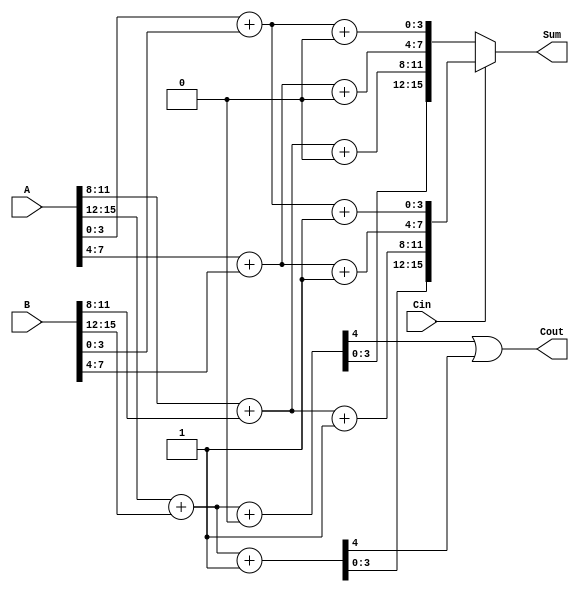
module DynamicCarrySelectAdder (
    input [15:0] A,     // First operand
    input [15:0] B,     // Second operand
    input Cin,          // Carry-in
    output [15:0] Sum,  // Sum output
    output Cout         // Carry-out
);
    wire [3:0] carry;   // Carry signals
    wire [15:0] sum0, sum1; // Partial sums for Cin = 0 and Cin = 1

    // 4-bit adder segments
    genvar i;
    generate
        for (i = 0; i < 4; i = i + 1) begin : adder_segment
            wire [3:0] A_seg = A[4*i +: 4];
            wire [3:0] B_seg = B[4*i +: 4];
            wire carry_in = (i == 0) ? Cin : carry[i-1];

            // Two 4-bit adders for each segment
            wire [4:0] sum_with_cin0 = {1'b0, A_seg} + {1'b0, B_seg} + 1'b0; // sum if Cin = 0
            wire [4:0] sum_with_cin1 = {1'b0, A_seg} + {1'b0, B_seg} + 1'b1; // sum if Cin = 1

            // Extract the sum and carry out
            assign sum0[4*i +: 4] = sum_with_cin0[3:0]; // Sum for Cin = 0
            assign sum1[4*i +: 4] = sum_with_cin1[3:0]; // Sum for Cin = 1
            assign carry[i] = sum_with_cin0[4] | sum_with_cin1[4]; // Carry out calculation
        end
    endgenerate

    // MUX selection based on the carry input
    assign Sum = Cin ? sum1 : sum0;

    // Final carry-out based on the last segment carry signal
    assign Cout = carry[3];

endmodule